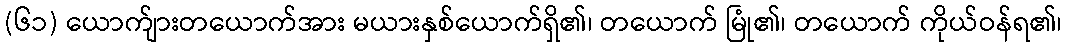
(၆၁) ယောက်ျားတယောက်အား မယားနှစ်ယောက်ရှိ၏၊ တယောက် မြုံ၏၊ တယောက် ကိုယ်ဝန်ရ၏၊